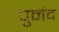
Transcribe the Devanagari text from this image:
पुनंद